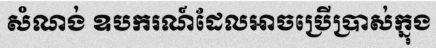
សំណង់ ឧបករណ៍ដែលអាចប្រើប្រាស់ក្នុង